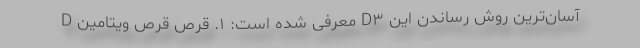
D معرفی شده است: ۱. قرص‌ قرص ویتامین D۳ آسان‌ترین روش رساندن این